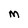
Character: M